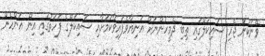
ވޭނަކުން ޖެހި ސައިކަލްގައި ތިބި ދެމީހުންނަށް އަނިޔާވެފައިވާކަމަށާއި ސައިކަލްގެ ފަހަތުގައި އިން އަންހެން